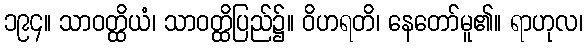
၁၉၄။ သာဝတ္ထိယံ၊ သာဝတ္ထိပြည်၌။ ဝိဟရတိ၊ နေတော်မူ၏။ ရာဟုလ၊